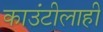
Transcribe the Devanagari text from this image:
काउंटीलाही